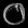
Digit: ၀